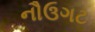
નૌઉગટ